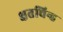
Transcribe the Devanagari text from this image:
क्षतचिन्ह